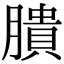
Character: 膭